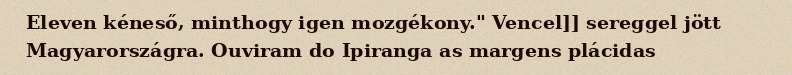
Eleven kéneső, minthogy igen mozgékony." Vencel]] sereggel jött Magyarországra. Ouviram do Ipiranga as margens plácidas